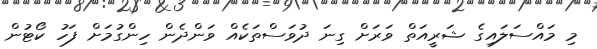
މި މައްސަލައިގެ ޝަރީއަތް ވަރަށް ގިނަ ދުވަސްތަކެއް ވަންދެން ހިންގުމަށް ފަހު ކޯޓުން